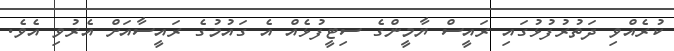
ކުރެއްވި ދަތުރުފުޅުގައި ރައީސް ޔާމީންގެ ސިޓީފުޅެއް އެ ގައުމުގެ ރައީސާއަށް އެރުވި އެވެ.